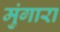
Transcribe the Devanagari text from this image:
मुंगारा